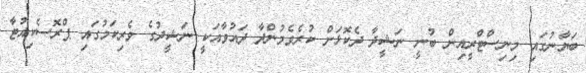
ބަޔާނުގައި މިނިސްޓްރީއިން ބުނީ ނަޝީދާ ދެކޮޅަށް ކުރެވެމުންދާ ދައުވާއަކީ ނަޝީދުގެ ވެރިކަމުގައި ޕްރޮސެކިއުޓާ